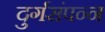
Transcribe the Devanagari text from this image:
दुर्गसंपन्न